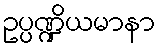
ဥပ္ပဏ္ဍိယမာနာ